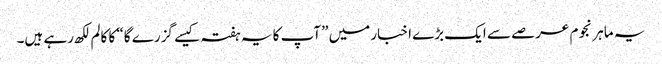
یہ ماہر نجوم عرصے سے ایک بڑے اخبار میں ”آپ کا یہ ہفتہ کیسے گزرے گا“ کا کالم لکھ رہے ہیں۔